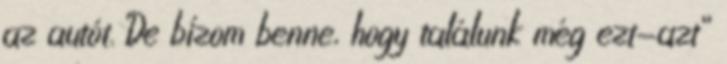
az autót. De bízom benne, hogy találunk még ezt-azt”